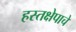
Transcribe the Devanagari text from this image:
हस्तक्षेपाचे